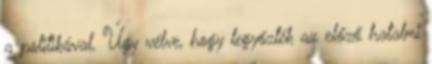
a politi­ká­val. Úgy vélve, hogy legyőzték az előző hatalmi